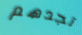
تجدهم